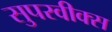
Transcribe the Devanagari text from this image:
सुपरवीक्स